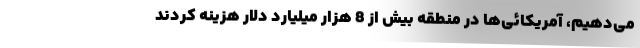
می‌دهیم، آمریکائی‌ها در منطقه بیش از 8 هزار میلیارد دلار هزینه کردند